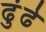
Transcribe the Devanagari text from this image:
ढुंढे